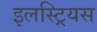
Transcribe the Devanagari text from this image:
इलस्ट्रियस